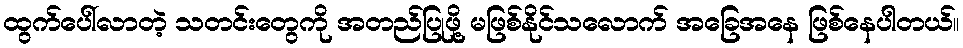
ထွက်ပေါ်လာတဲ့ သတင်းတွေကို အတည်ပြုဖို့ မဖြစ်နိုင်သလောက် အခြေအနေ ဖြစ်နေပါတယ်။